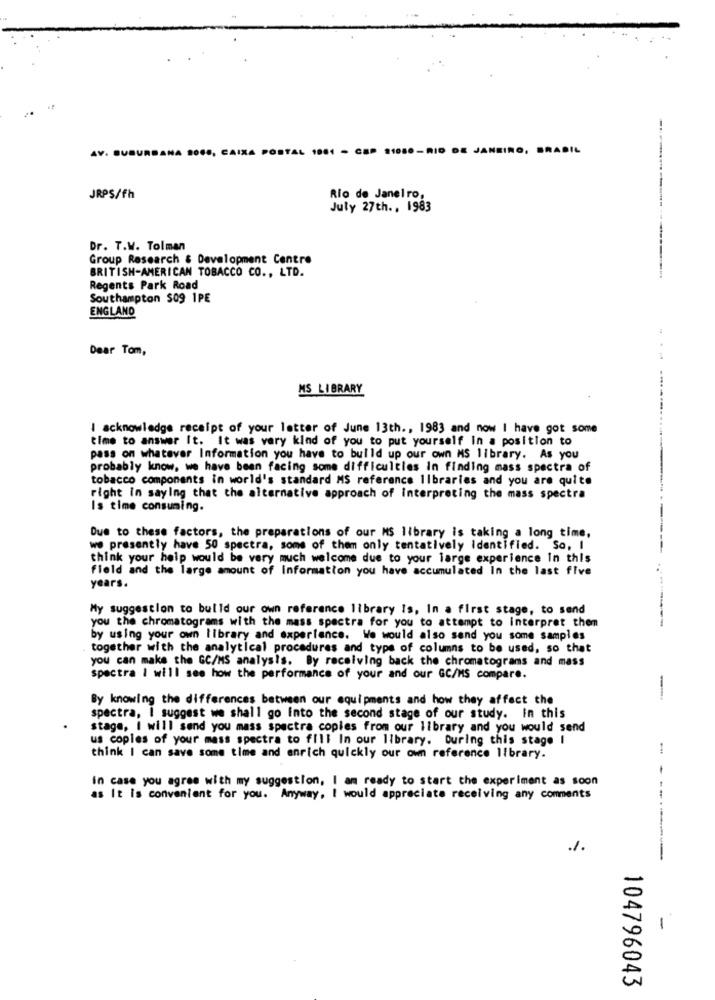
AV. SUBURBANA SOCO, CAIXA POSTAL 1001 - CEP 11080-RIO DE JANEIRO, BRASIL
JRPS/fh
Rio de Janeiro,
July 27th ., 1983
Dr. T.W. Tolman
Group Research & Development Centre
BRITISH-AMERICAN TOBACCO CO ., LTD.
Regents Park Road
Southampton $09 1PE
ENGLAND
Dear Tom,
MS LIBRARY
I acknowledge receipt of your letter of June 13th ., 1983 and now I have got some
time to answer It. It was very kind of you to put yourself in a position to
pass on whatever Information you have to build up our own MS library. As you
probably know, we have been facing some difficulties in finding mass spectra of
tobacco components in world's standard MS reference libraries and you are quite
right in saying that the alternative approach of interpreting the mass spectra
Is time consuming.
Due to these factors, the preparations of our MS library is taking a long time,
we presently have 50 spectra, some of them only tentatively identified. So, I
think your help would be very much welcome due to your large experience In this
field and the large amount of Information you have accumulated In the last five
years.
My suggestion to bulld our own reference library Is, In a first stage, to send
--
you the chromatograms with the mass spectra for you to attempt to interpret them
by using your own library and experience. We would also send you some samples
together with the analytical procedures and type of columns to be used, so that
you can make the GC/MS analysis. By receiving back the chromatograms and mass
spectra I will see how the performance of your and our GC/MS compare.
By knowing the differences between our equipments and how they affect the
-
spectra, I suggest we shall go into the second stage of our study. In this
stage, i will send you mass spectra copies from our library and you would send
us copies of your mass spectra to fill In our library. During this stage I
think I can save some time and enrich quickly our own reference library.
in case you agree with my suggestion, I am ready to start the experiment as soon
as It Is convenient for you. Anyway, I would appreciate receiving any comments
1.
1
104796043